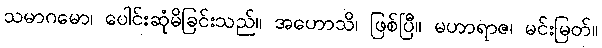
သမာဂမော၊ ပေါင်းဆုံမိခြင်းသည်။ အဟောသိ၊ ဖြစ်ပြီ။ မဟာရာဇ၊ မင်းမြတ်။